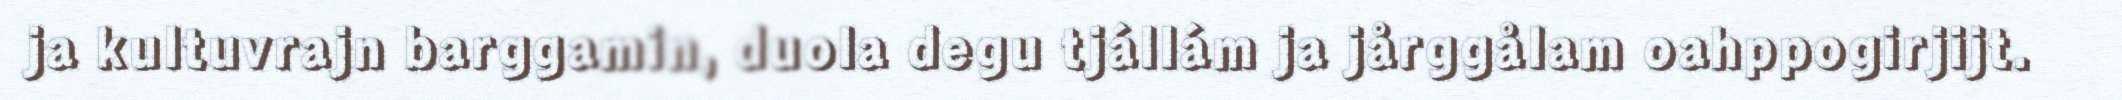
ja kultuvrajn barggamin, duola degu tjállám ja jårggålam oahppogirjijt.